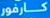
كارفور